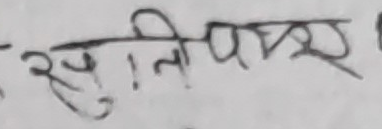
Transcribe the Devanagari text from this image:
सुनिपात्र